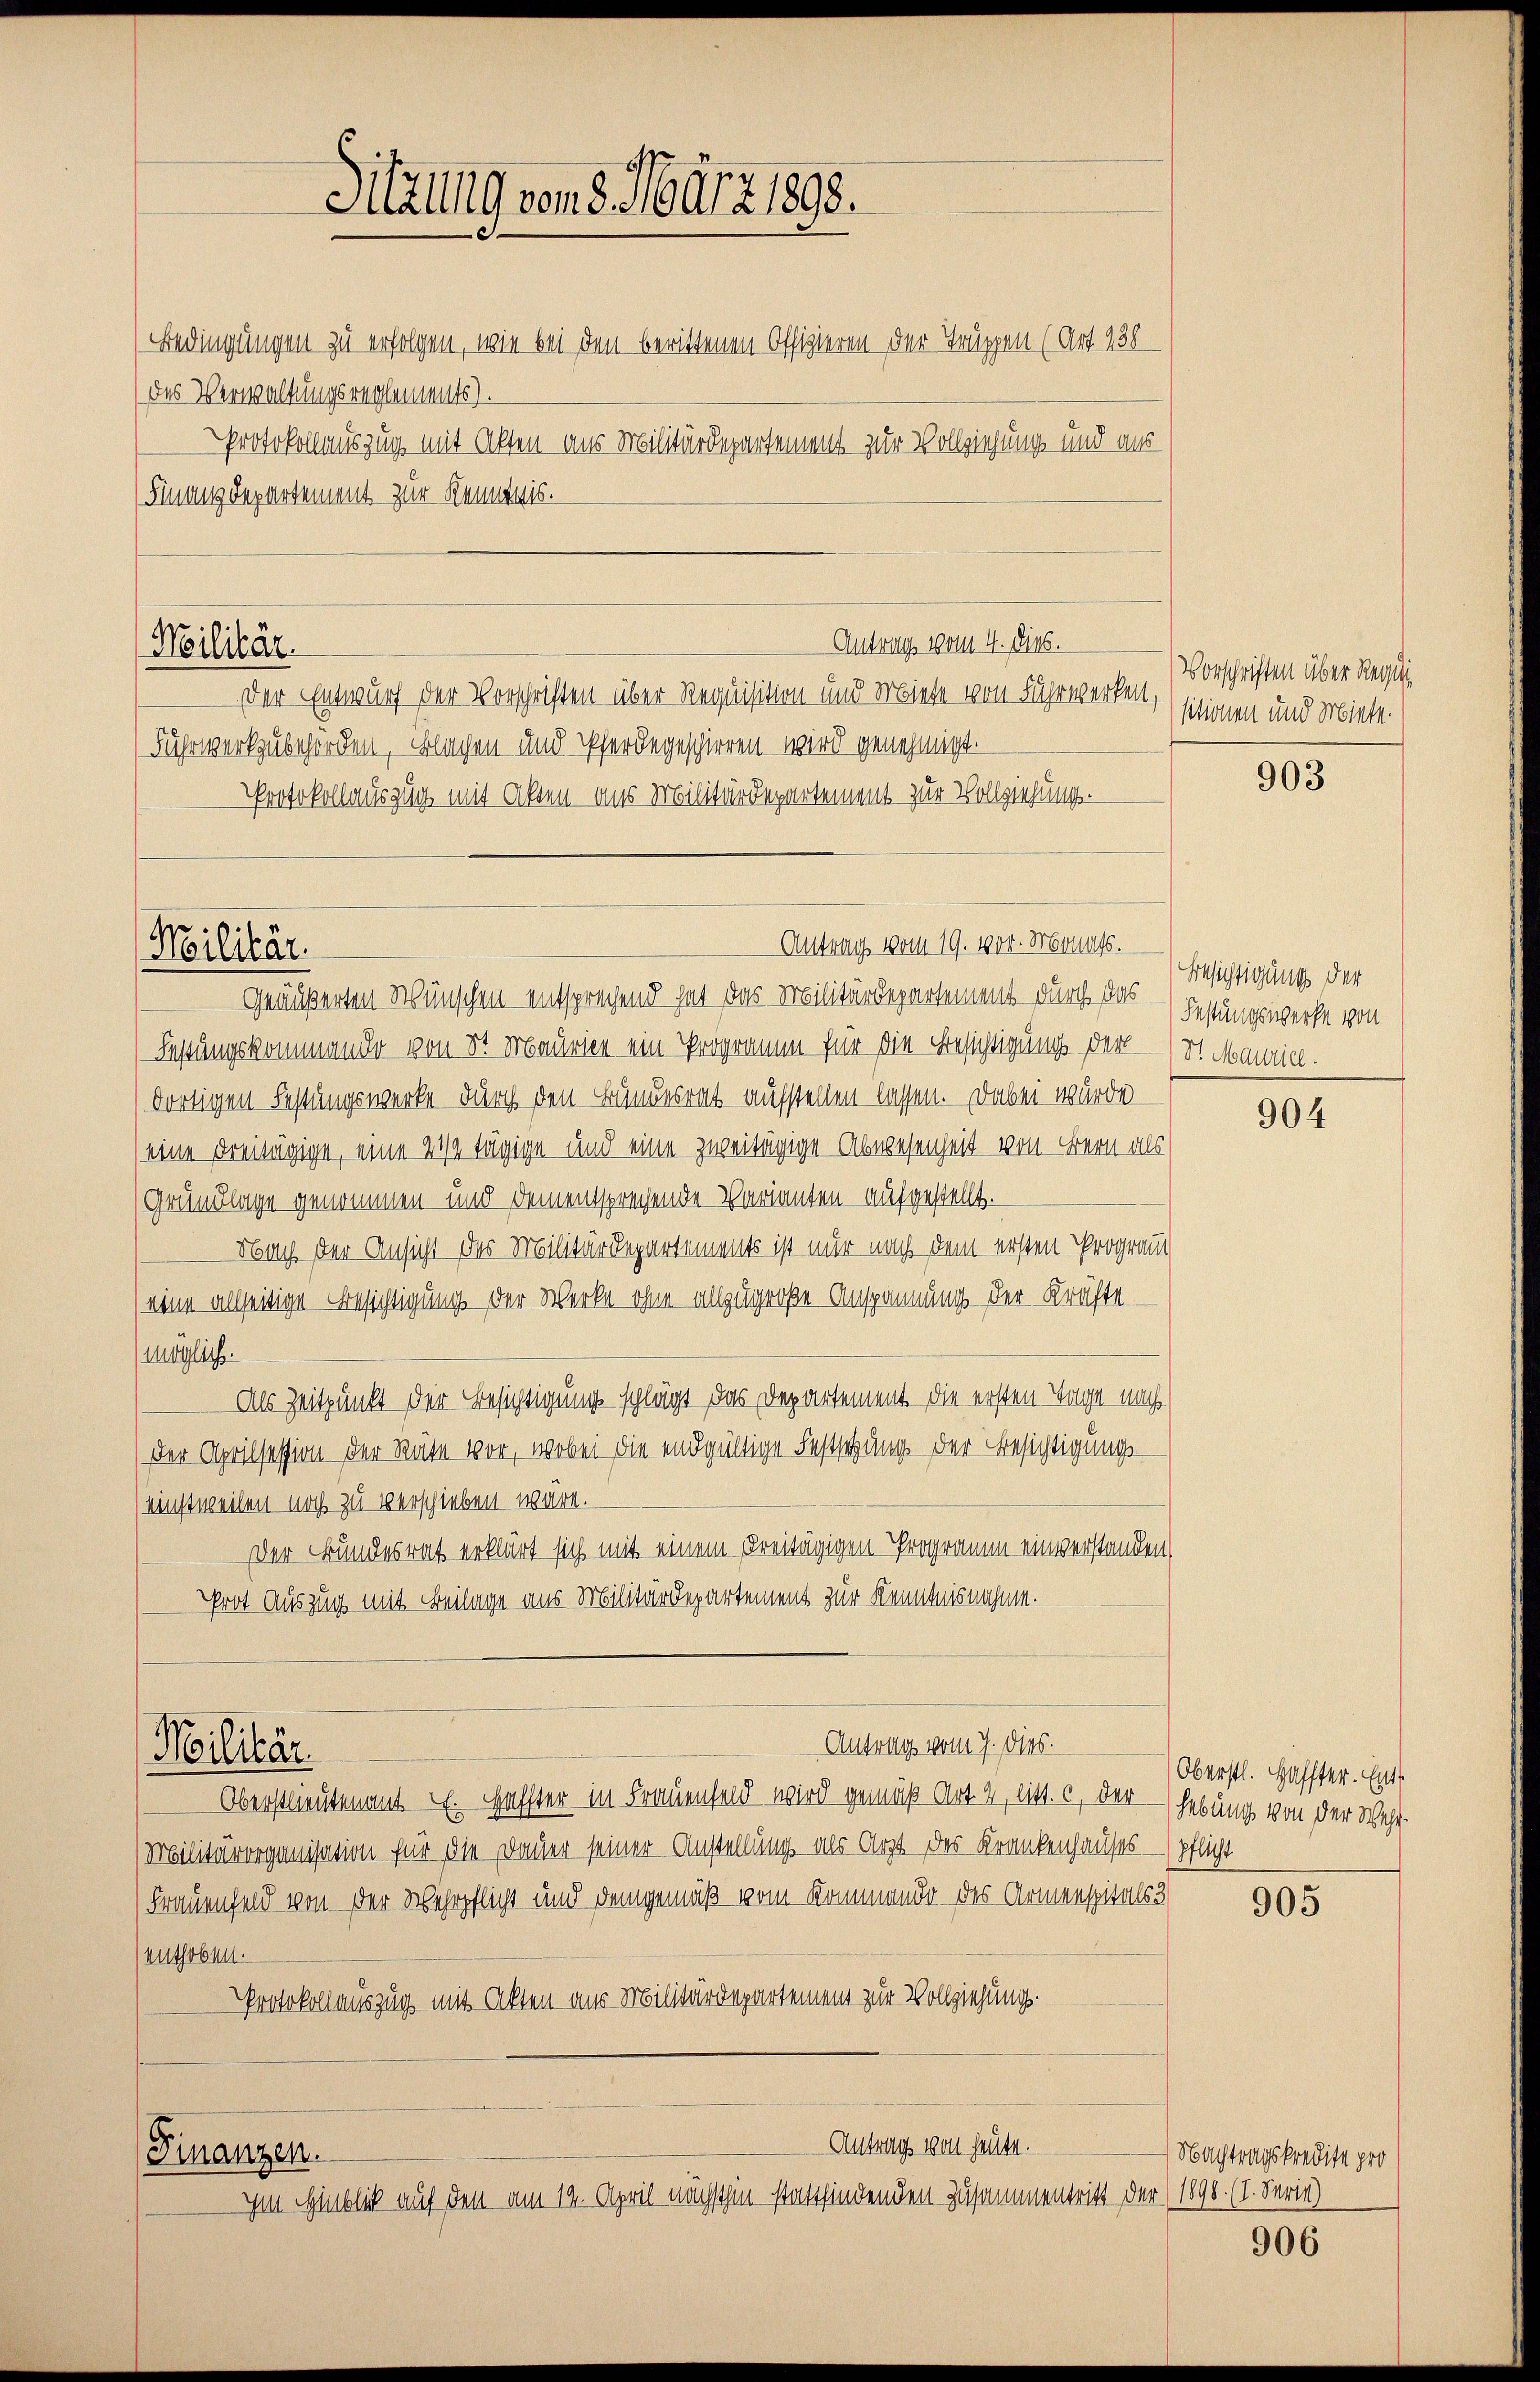
Militär.

Militär.

Protokollauszug mit Alten aus Militärdepartement zur Vollziehung und aus
Finanzdepartement zur Kenntnis.
der Entwurf der Vorschriften über Requisition und Miese von Fuhrwerken,
Fuhrwerkzubehörden, Flachen und Pferdegeschieren wird genehmigt.
Protokollauszug mit Alten uns Militärdepartement zur Vollziehung.
geäußerten Wünschen entsprechend hat das Militärdepartement durch das — Festungswerke von
Festungskommendo von St. Maurien ein Programm für die Besichtigung der
dortigen Festungswerke durch den Bundesrat aufstellen lassen. Dabei wurde
(eine Freitägige, eine 21 tägige und eine zweitägige Abwesenheit von Bern als
Gründlage genommen und dementsprechende Varianten aufgestellt.
Nach der Ansicht des Militärdepartements ist nur nach dem ersten Prograut
(eine allseitige Besichtigung der Werke ohne allzugroße Anspannung der Kräfte
möglich.
Als Zeitpunkt der Besichtigung schlägt das Departement die ersten Tage nach
der Aprilsession der Reite vor, wobei die endgültige Festschung der Besichtigungs-
(einstweilen noch zu verschieben wäre.
Der Bundesrat erklärt sich mit einem Freitägigen Programm einverstanden,
Prot Auszug mit Beilage aus Militärdepartement zur Kenntnisnahme.

Militär.

Sitzung vom 8. März 1898.
Bedingungen zu erfolgen, wie bei den berittenen Offizieren der Truppen (Art. 238
des Verwaltungsreglements).

Antrags vom 4. Dies.

Antrag vom 19. vor. Monats.

Antrag vom 7. dies

Oberstlieutenant E. Haffter in Frauenfeld wird gemäß Art. 4, litt. c, der - Hebung von der Wehr-
Militärorganisation für die Dauer seiner Anstellung als Arzt des Krankenhauses pflicht
Frauenfeld von der Wehrpflicht und demgemäß vom Kommando des Armenspitals
(enthoben.
Protokollauszug mit Akten aus Militärdepartement zur Vollziehung.
Antrag von heute.
Finanzen.
Im Hinblick auf den am 12. April nächsthin stattfindenden Zusammentritt der (1898 (1. Serie)

Vorschriften über Regi
sitionen und Miest.

903

Besichtigung der
St. Maurial.

904

Oberstl. Haffter. Ent

905

Nachtragskredite pro

906